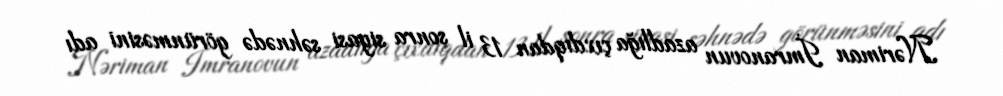
Nəriman İmranovun azadlığa çıxdıqdan 13 il sonra siyasi səhnədə görünməsini adı